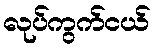
လုပ်ကွက်ငယ်